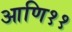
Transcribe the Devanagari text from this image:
आणि११